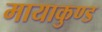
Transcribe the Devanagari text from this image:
मायाकुण्ड